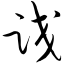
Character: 跤